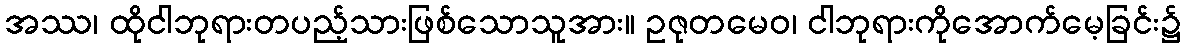
အဿ၊ ထိုငါဘုရားတပည့်သားဖြစ်သောသူအား။ ဥဇုတမေဝ၊ ငါဘုရားကိုအောက်မေ့ခြင်း၌